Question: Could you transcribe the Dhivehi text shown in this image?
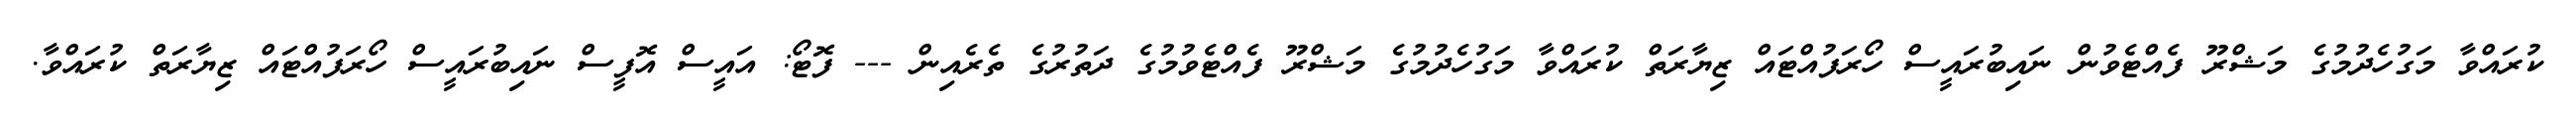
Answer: ކުރައްވާ މަގުހެދުމުގެ މަޝްރޫ ފެއްޓެވުން ނައިބުރައީސް ހޯރަފުއްޓައް ޒިޔާރަތް ކުރައްވާ މަގުހެދުމުގެ މަޝްރޫ ފެއްޓެވުމުގެ ދަތުރުގެ ތެރެއިން --- ފޮޓޯ: އައީސް އޮފީސް ނައިބުރައީސް ހޯރަފުއްޓައް ޒިޔާރަތް ކުރައްވާ.